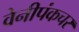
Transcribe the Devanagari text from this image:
वेनीपंकचर